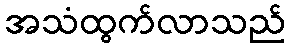
အသံထွက်လာသည်